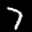
Label: 7